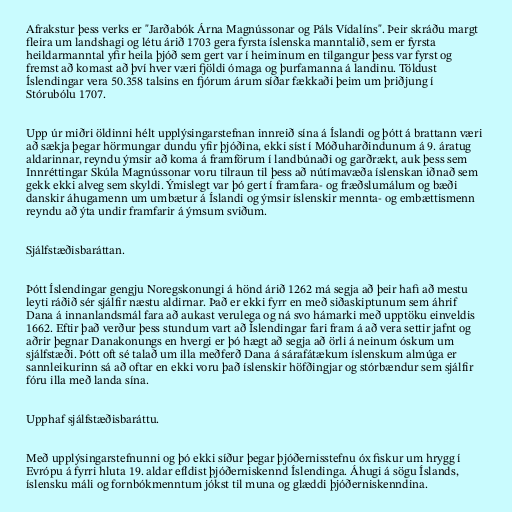
Afrakstur þess verks er "Jarðabók Árna Magnússonar og Páls Vídalíns". Þeir skráðu margt
fleira um landshagi og létu árið 1703 gera fyrsta íslenska manntalið, sem er fyrsta
heildarmanntal yfir heila þjóð sem gert var í heiminum en tilgangur þess var fyrst og
fremst að komast að því hver væri fjöldi ómaga og þurfamanna á landinu. Töldust
Íslendingar vera 50.358 talsins en fjórum árum síðar fækkaði þeim um þriðjung í
Stórubólu 1707.

Upp úr miðri öldinni hélt upplýsingarstefnan innreið sína á Íslandi og þótt á brattann væri
að sækja þegar hörmungar dundu yfir þjóðina, ekki síst í Móðuharðindunum á 9. áratug
aldarinnar, reyndu ýmsir að koma á framförum í landbúnaði og garðrækt, auk þess sem
Innréttingar Skúla Magnússonar voru tilraun til þess að nútímavæða íslenskan iðnað sem
gekk ekki alveg sem skyldi. Ýmislegt var þó gert í framfara- og fræðslumálum og bæði
danskir áhugamenn um umbætur á Íslandi og ýmsir íslenskir mennta- og embættismenn
reyndu að ýta undir framfarir á ýmsum sviðum.

Sjálfstæðisbaráttan.

Þótt Íslendingar gengju Noregskonungi á hönd árið 1262 má segja að þeir hafi að mestu
leyti ráðið sér sjálfir næstu aldirnar. Það er ekki fyrr en með siðaskiptunum sem áhrif
Dana á innanlandsmál fara að aukast verulega og ná svo hámarki með upptöku einveldis
1662. Eftir það verður þess stundum vart að Íslendingar fari fram á að vera settir jafnt og
aðrir þegnar Danakonungs en hvergi er þó hægt að segja að örli á neinum óskum um
sjálfstæði. Þótt oft sé talað um illa meðferð Dana á sárafátækum íslenskum almúga er
sannleikurinn sá að oftar en ekki voru það íslenskir höfðingjar og stórbændur sem sjálfir
fóru illa með landa sína.

Upphaf sjálfstæðisbaráttu.

Með upplýsingarstefnunni og þó ekki síður þegar þjóðernisstefnu óx fiskur um hrygg í
Evrópu á fyrri hluta 19. aldar efldist þjóðerniskennd Íslendinga. Áhugi á sögu Íslands,
íslensku máli og fornbókmenntum jókst til muna og glæddi þjóðerniskenndina.